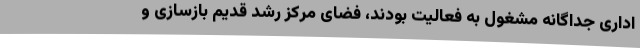
اداری جداگانه مشغول به فعالیت بودند، فضای مرکز رشد قدیم بازسازی و